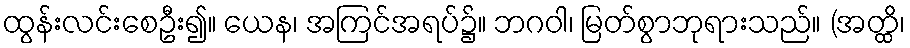
ထွန်းလင်းစေဦး၍။ ယေန၊ အကြင်အရပ်၌။ ဘဂဝါ၊ မြတ်စွာဘုရားသည်။ (အတ္ထိ၊